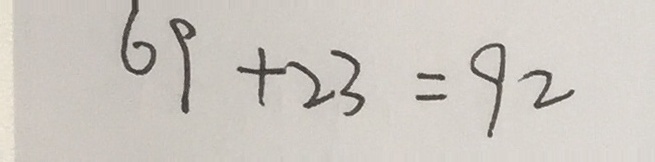
6 9 + 2 3 = 9 2